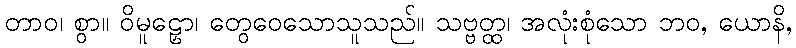
တာဝ၊ စွာ။ ဝိမူဠှော၊ တွေဝေသောသူသည်။ သဗ္ဗတ္ထ၊ အလုံးစုံသော ဘဝ, ယောနိ,